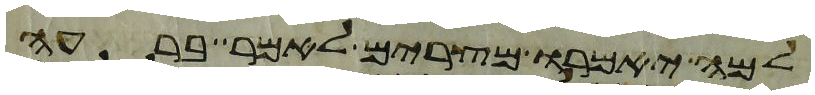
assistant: למה יאמרו מצרים לאמר ברעה